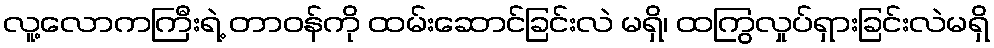
လူ့လောကကြီးရဲ့ တာဝန်ကို ထမ်းဆောင်ခြင်းလဲ မရှိ၊ ထကြွလှုပ်ရှားခြင်းလဲမရှိ